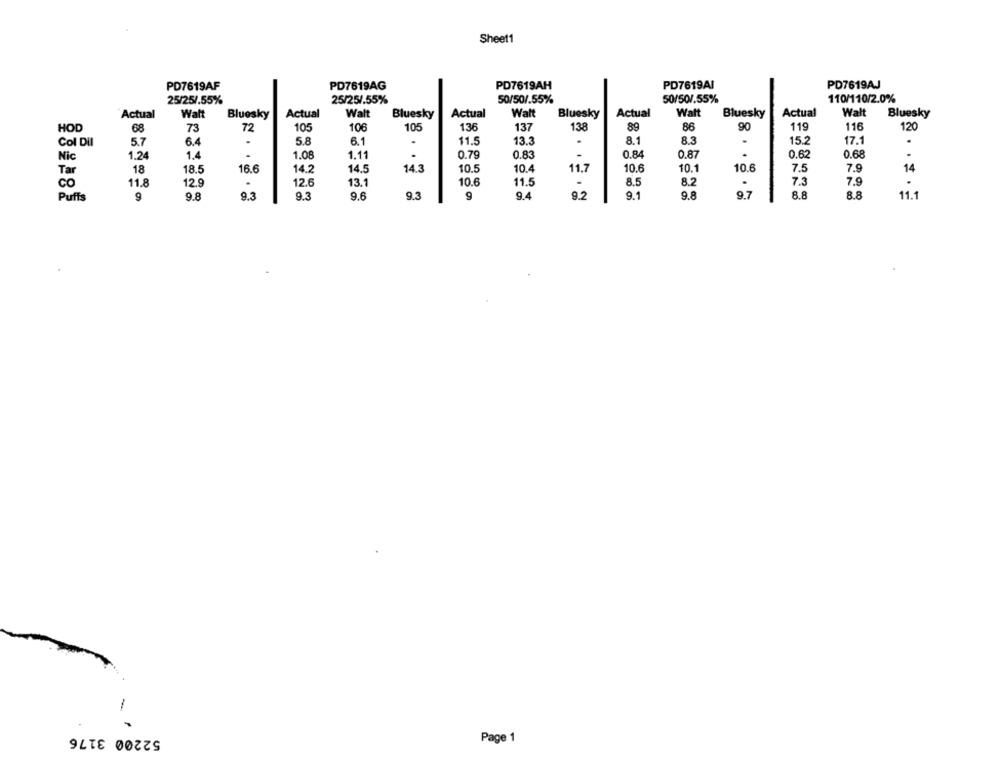
Sheet1
PD7619AI
PD7619AJ
PD7619AF
PD7619AG
PD7619AH
25/25/.55%
25/251.55%
50/50/.55%
50/50/.55%
110/110/2.0%
Actual
Walt
Bluesky
Actual
Walt
Bluesky
Actual
Walt
Bluesky
Actual
Walt
Bluesky
Actual
Walt
Bluesky
HOD
68
73
72
105
106
105
136
137
138
89
86
90
119
116
120
Col Dil
5.7
6.4
5.8
6.1
.
11.5
13.3
.
8.1
8.3
15.2
17.1
.
Nic
1.24
1.4
1.08
1.11
.
0.79
0.83
0.84
0.87
0.62
0.68
18
16.6
14.2
14.3
10.5
11.7
10.6
10.1
10.6
7.5
7.9
14
Tar
18.5
14.5
10.4
CO
11.8
12.9
.
12.6
13.1
10.6
11.5
8.5
8.2
.
7.3
7.9
Puffs
9
9.8
9.3
9.3
9.6
9.3
9
9.4
9.2
9.1
9.8
8.8
8.8
11.1
52200 3176
Page 1